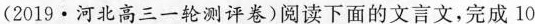
(2013 · 河北高三一轮测评)阅读下面的文言文，完成10